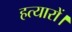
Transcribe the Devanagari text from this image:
हत्यारों।